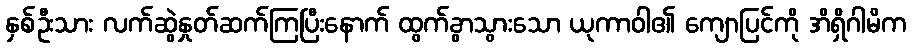
နှစ်ဦးသား လက်ဆွဲနှုတ်ဆက်ကြပြီးနောက် ထွက်ခွာသွားသော ယုကာဝါ၏ ကျောပြင်ကို အိရှိဂါမိက